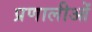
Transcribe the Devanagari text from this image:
प्रणालीओं